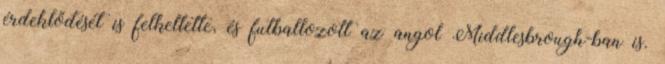
érdeklődését is felkeltette, és futballozott az angol Middlesbrough-ban is.